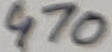
Text: 470